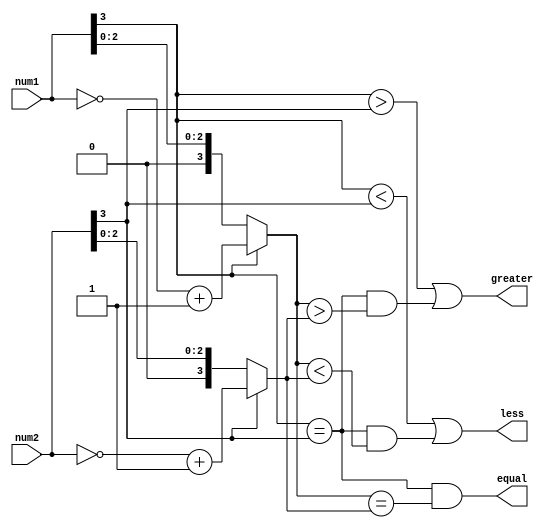
module signed_magnitude_comparator (
    input [3:0] num1,
    input [3:0] num2,
    output greater,
    output less,
    output equal
);

//Sign bits comparison
wire sign_bit_num1, sign_bit_num2;
assign sign_bit_num1 = num1[3];
assign sign_bit_num2 = num2[3];

//Magnitude bits comparison
wire [3:0] mag_num1, mag_num2;
assign mag_num1 = (sign_bit_num1) ? ~num1 + 1 : num1;
assign mag_num2 = (sign_bit_num2) ? ~num2 + 1 : num2;

//Comparison logic
assign greater = (sign_bit_num1 > sign_bit_num2) || ((sign_bit_num1 == sign_bit_num2) && (mag_num1 > mag_num2));
assign less = (sign_bit_num1 < sign_bit_num2) || ((sign_bit_num1 == sign_bit_num2) && (mag_num1 < mag_num2));
assign equal = (sign_bit_num1 == sign_bit_num2) && (mag_num1 == mag_num2);

endmodule